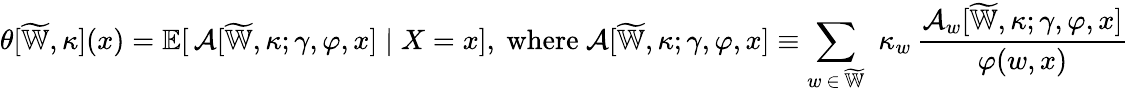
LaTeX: \theta[\widetilde{\mathbb{W}},\kappa](x)=\mathbb{E}[\, \mathcal{A}[\widetilde{\mathbb{W}},\kappa;\gamma,\varphi,x]\mid X=x],\mathrm{~where~}\mathcal{A}[\widetilde{\mathbb{W}},\kappa;\gamma,\varphi,x]\equiv\sum_{w\, \in\, \widetilde{\mathbb{W}}}\, \, \kappa_{w}\, \frac{\mathcal{A}_{w}[\widetilde{\mathbb{W}},\kappa;\gamma,\varphi,x]}{\varphi(w,x)}